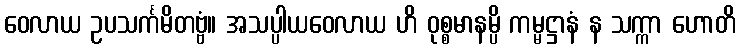
ဝေလာယ ဥပသင်္ကမိတဗ္ဗံ။ အသပ္ပါယဝေလာယ ဟိ ဝုစ္စမာနမ္ပိ ကမ္မဋ္ဌာနံ န သက္ကာ ဟောတိ